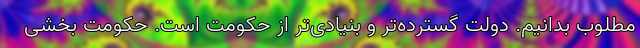
مطلوب بدانیم. دولت گسترده‌تر و بنیادی‌تر از حکومت است. حکومت بخشی